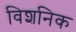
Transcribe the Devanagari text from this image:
विशनिक